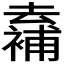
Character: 𠬖